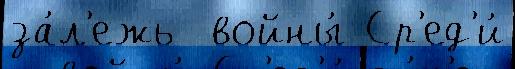
за́л'ежь  войны́ Ср'ед'и́